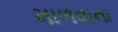
માળવાના